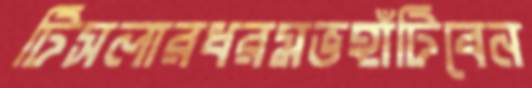
টিসলারধরমভহাঁটিবেন